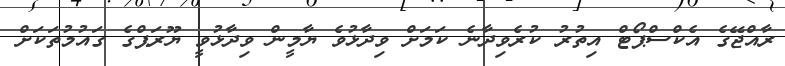
ރާއްޖޭގެ އެކްސްޕޯޓް އިތުރު ކުރެވިދާނެ ކަމަށް ވިދާޅުވެ ޔާމީން ވިދާޅުވީ ޔޫރަޕްގެ ގައުމުތަކަށް